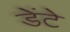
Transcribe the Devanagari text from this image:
डेंटे